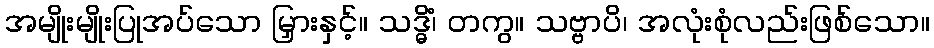
အမျိုးမျိုးပြုအပ်သော မြှားနှင့်။ သဒ္ဓိံ၊ တကွ။ သဗ္ဗာပိ၊ အလုံးစုံလည်းဖြစ်သော။